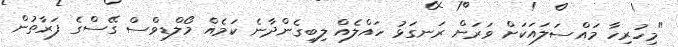
"މިހުރިހާ މައްސަލައަކަށް ވަރަށް ރަނގަޅު ހައްލެއް ލިބިގެންދާނެ ކަމެއް މޯލްޑިވްސް ގޭސްގެ ފަރާތުން